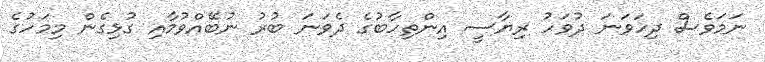
ނަމަވެސް ދިހަވަނަ ދުވަހު ރިޔާސީ އިންތިހާބުގެ ދެވަނަ ބުރު ނުބޭއްވުމާއި ގުޅިގެން މިމަހުގެ